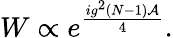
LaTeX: W\propto e^{\frac{ig^{2}(N-1){\cal A}}{4}}.